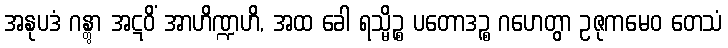
အနုပဒံ ဂန္တွာ အဋဝိံ အာဟိဏ္ဍဟိ, အထ ခေါ ရသ္မိဉ္စ ပတောဒဉ္စ ဂဟေတွာ ဥဇုကမေဝ တေသံ